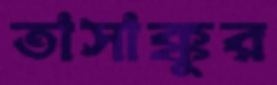
তাসাক্কুর